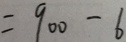
= 9 0 0 - 6